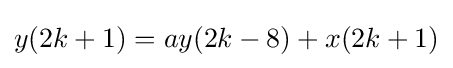
y(2k+1)=ay(2k-8)+x(2k+1)